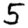
Digit: 5